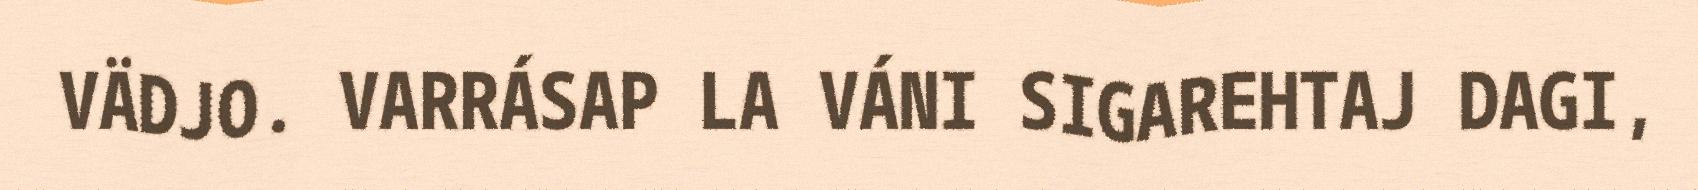
VÄDJO. VARRÁSAP LA VÁNI SIGAREHTAJ DAGI,